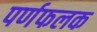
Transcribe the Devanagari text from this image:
पर्णफलक